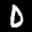
Label: 0